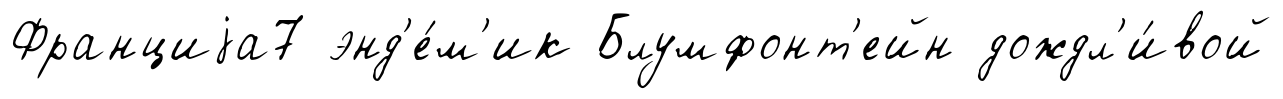
Франциjа7 энд'е́м'ик Блумфонт'ейн дождл'и́вой